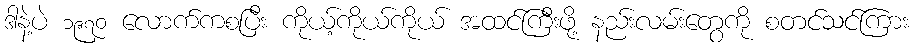
ဒါနဲ့ပဲ ၁၉၇၀ လောက်ကစပြီး ကိုယ့်ကိုယ်ကိုယ် အထင်ကြီးဖို့ နည်းလမ်းတွေကို စတင်သင်ကြား